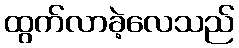
ထွက်လာခဲ့လေသည်